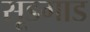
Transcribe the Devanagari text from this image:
सूडगाड